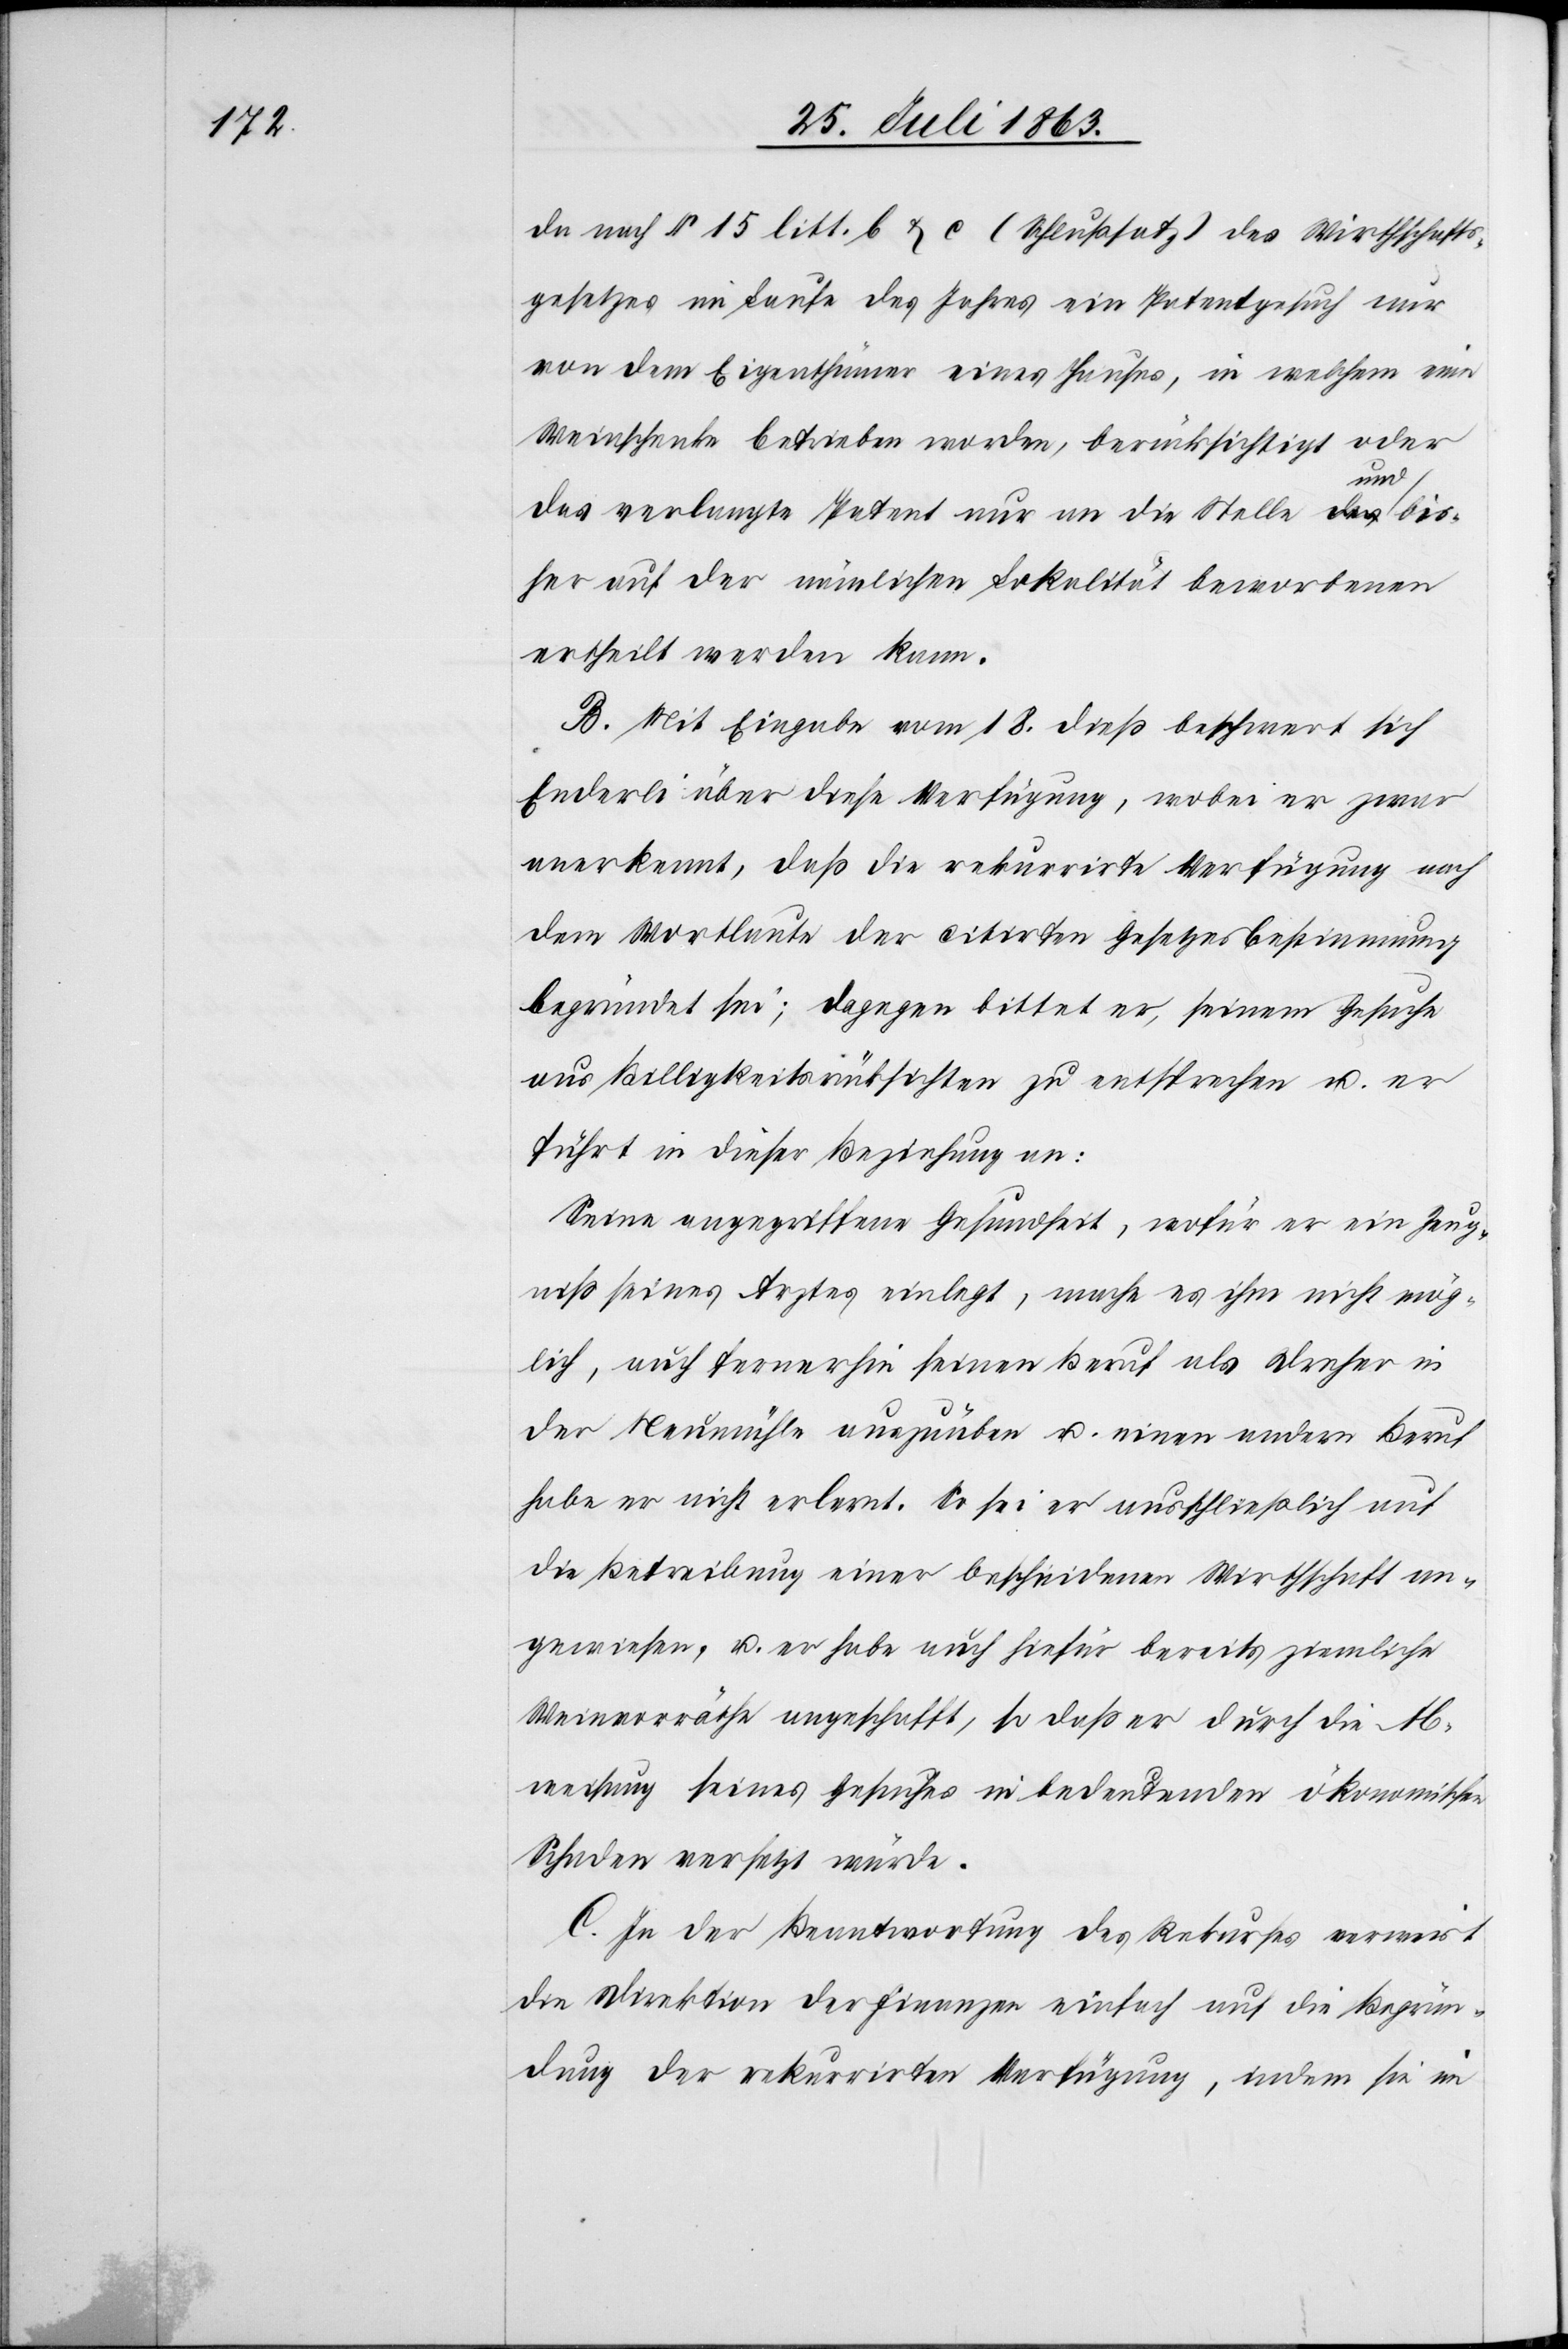
da nach § 15 litt. b & c (Schlußsatz) des Wirthschafts¬
gesetzes im Laufe des Jahres ein Patentgesuch nur
von dem Eigenthümer eines Hauses, in welchem eine
Weinschenke betrieben worden, berücksichtigt oder
das verlangte Patent nur an die Stelle a-des und-a bis¬
her auf der nämlichen Lokalität beworbenen
ertheilt werden kann.
B. Mit Eingabe vom 18. dieß beschwert sich
Enderli über diese Verfügung, wobei er zwar
anerkennt, daß die rekurrirte Verfügung nach
dem Wortlaute der citirten Gesetzesbestimmung
begründet sei; dagegen bittet er, seinem Gesuche
aus Billigkeitsrücksichten zu entsprechen u. er
führt in dieser Beziehung an:
Seine angegriffene Gesundheit, wofür er ein Zeug¬
niß seines Arztes einlegt, mache es ihm nicht mög¬
lich, auch fernerhin seinen Beruf als Dreher in
der Neumühle auszuüben u. einen andern Beruf
habe er nicht erlernt. So sei er ausschließlich auf
die Betreibung einer bescheidenen Wirthschaft an¬
gewiesen, u. er habe auch hiefür bereits ziemliche
Weinvorräthe angeschafft, so daß er durch die Ab¬
weisung seines Gesuches in bedeutenden ökonomischen
Schaden versetzt würde.
C. In der Beantwortung des Rekurses verweist
die Direktion der Finanzen einfach auf die Begrün¬
dung der rekurrirten Verfügung, indem sie im